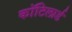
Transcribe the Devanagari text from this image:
कॉटिलार्ड